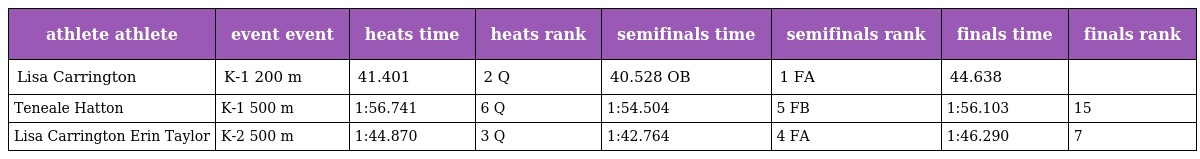
| athlete athlete | event event | heats time | heats rank | semifinals time | semifinals rank | finals time | finals rank |
 | --- | --- | --- | --- | --- | --- | --- | --- |
 | Lisa Carrington | K-1 200 m | 41.401 | 2 Q | 40.528 OB | 1 FA | 44.638 |  |
 | Teneale Hatton | K-1 500 m | 1:56.741 | 6 Q | 1:54.504 | 5 FB | 1:56.103 | 15 |
 | Lisa Carrington Erin Taylor | K-2 500 m | 1:44.870 | 3 Q | 1:42.764 | 4 FA | 1:46.290 | 7 |